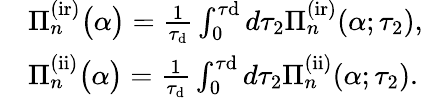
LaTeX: \begin{array}{rl}&{\Pi_{n}^{\mathrm{(ir)}}\big(\alpha\big)=\frac{1}{\tau_{\mathrm{d}}}\int_{0}^{\tau\mathrm{d}}d\tau_{2}\Pi_{n}^{\mathrm{(ir)}}(\alpha;\tau_{2}),}\\ &{\Pi_{n}^{\mathrm{(ii)}}\big(\alpha\big)=\frac{1}{\tau_{\mathrm{d}}}\int_{0}^{\tau\mathrm{d}}d\tau_{2}\Pi_{n}^{\mathrm{(ii)}}(\alpha;\tau_{2}).}\end{array}